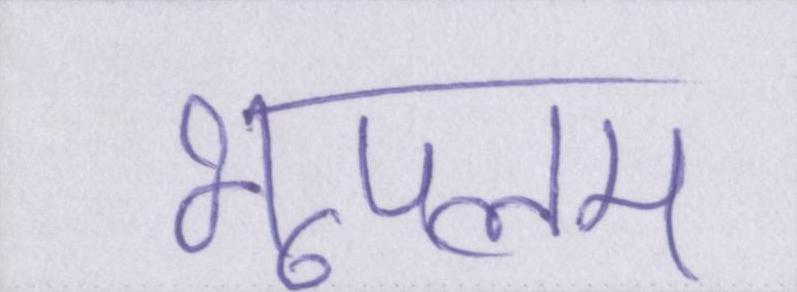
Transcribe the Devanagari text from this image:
भूपलम